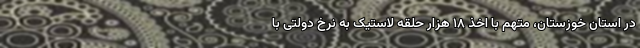
در استان خوزستان، متهم با اخذ ۱۸ هزار حلقه لاستیک به نرخ دولتی با